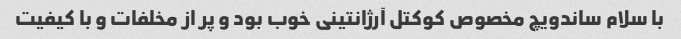
با سلام ساندویچ مخصوص کوکتل آرژانتینی خوب بود و پر از مخلفات و با کیفیت